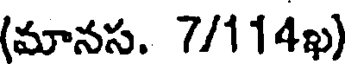
(మానస. 7/114ఖ)